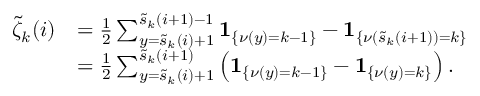
\begin{array} { r l } { \tilde { \zeta } _ { k } ( i ) } & { = \frac { 1 } { 2 } \sum _ { y = \tilde { s } _ { k } ( i ) + 1 } ^ { \tilde { s } _ { k } ( i + 1 ) - 1 } \mathbf { 1 } _ { \{ \nu ( y ) = k - 1 \} } - \mathbf { 1 } _ { \{ \nu \left( \tilde { s } _ { k } ( i + 1 ) \right) = k \} } } \\ & { = \frac { 1 } { 2 } \sum _ { y = \tilde { s } _ { k } ( i ) + 1 } ^ { \tilde { s } _ { k } ( i + 1 ) } \left( \mathbf { 1 } _ { \{ \nu ( y ) = k - 1 \} } - \mathbf { 1 } _ { \{ \nu ( y ) = k \} } \right) . } \end{array}